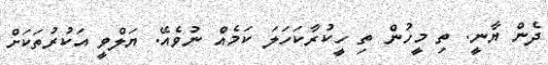
ދެން ޔާނީ. ތި މީހުން ތި ހީކުރާކަހަލަ ކަމެއް ނުވެއޭ. ޔަލްވީ އަކުރުތަކަށް